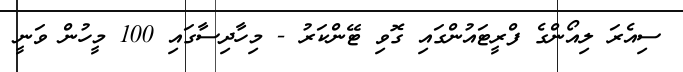
ސިއެރަ ލިއޯންގެ ފްރީޓައުންގައި ގޮވި ޓޭންކަރު - މިހާދިސާގައި 100 މީހުން ވަނީ